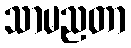
သာမညတာ